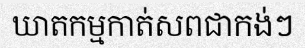
ឃាតកម្មកាត់សពជាកង់ៗ